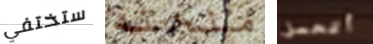
ستختفي منحته أتحمل